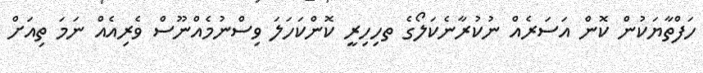
ހަފްތާޔަކުން ކޮން އަސަރެއް ނުކުރާނެކަލޯގެ ތހިހިރީ ކޮންކަހަލަ ވިސްނުމެއްނޫސް ވެރިއެއް ނަމަ ތިއަށް